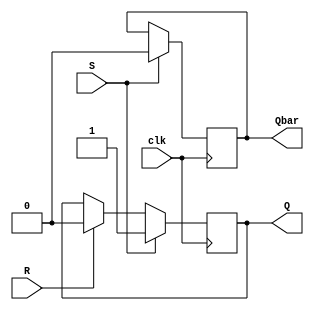
module SRFF(Q,Qbar,clk,S,R);
output reg Q, Qbar;
input S,R,clk;
always @(posedge clk)
 begin
  if (S==1) //Set state
  begin
    Q<=1;
    Qbar=0;
  end
  else if (R==1) //Reset state
    begin
        Q<=0;
    end
    else if (S==0 & R==0) //Memory State
        begin
            Q<=Q;
            Qbar<=Qbar;
        end   
end
endmodule